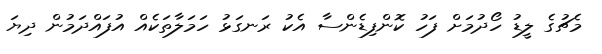
މެޗުގެ ލީޑު ހޯދުމަށް ފަހު ކޮންފިޑެންސާ އެކު ރަނގަޅު ހަމަލާތަކެއް އުފައްދަމުން ދިޔަ